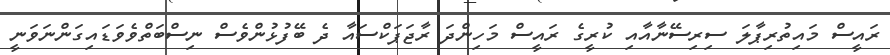
ރައީސް މައިތުރިޕާލަ ސިރިސޭނާއާއި ކުރީގެ ރައީސް މަހިންދަ ރާޖަޕަކްސައާ ދެ ބޭފުޅުންވެސް ނިސްބަތްވެވަޑައިގަންނަވަނީ